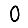
Digit: 0